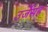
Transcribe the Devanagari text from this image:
उर्जेसह